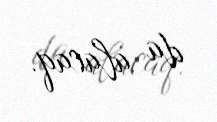
da alacaq.